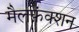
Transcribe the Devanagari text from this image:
मैलफ़ंक्शन